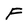
Character: F